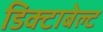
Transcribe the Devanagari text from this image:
डिक्टाबेल्ट